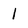
Character: l